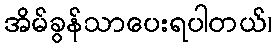
အိမ်ခွန်သာပေးရပါတယ်၊